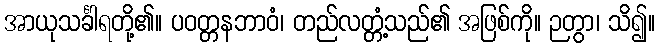
အာယုသင်္ခါရတို့၏။ ပဝတ္တနဘာဝံ၊ တည်လတ္တံ့သည်၏ အဖြစ်ကို။ ဉတွာ၊ သိ၍။